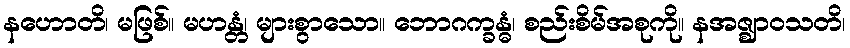
နဟောတိ၊ မဖြစ်။ မဟန္တံ၊ များစွာသော။ ဘောဂက္ခန္ဓံ၊ စည်းစိမ်အစုကို။ နအဇ္ဈာဝသတိ၊